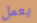
يعمل